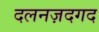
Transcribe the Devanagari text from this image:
दलनज़दगद